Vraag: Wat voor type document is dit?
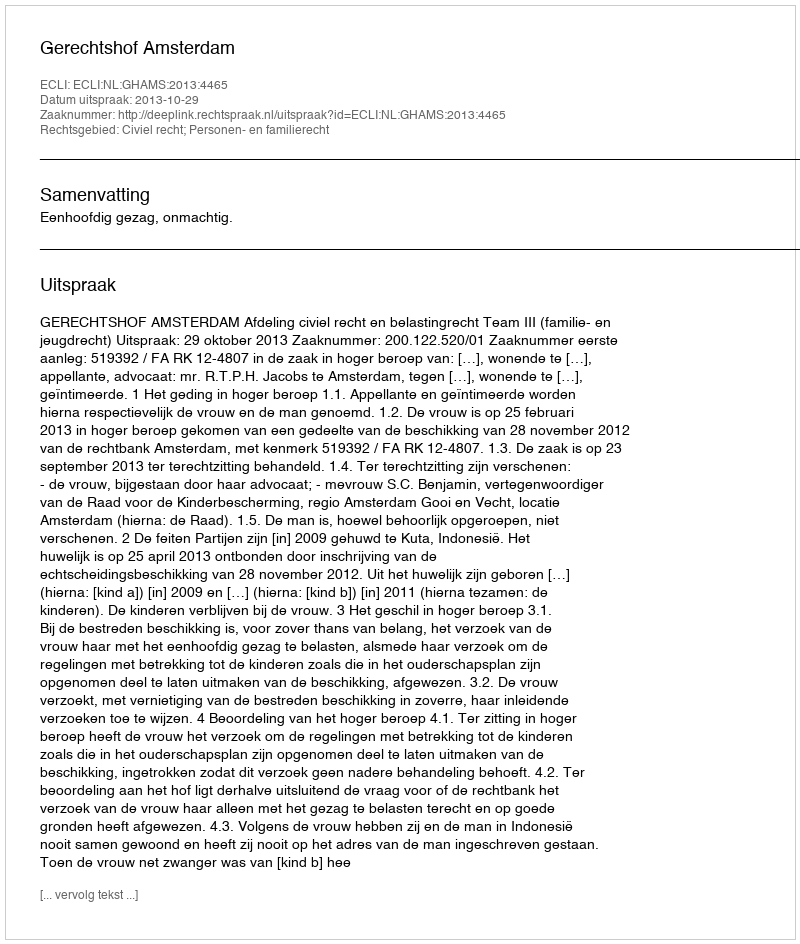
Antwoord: Uitspraak